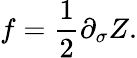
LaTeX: f=\frac{1}{2}\partial_{\sigma}Z.